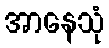
အာနေသုံ